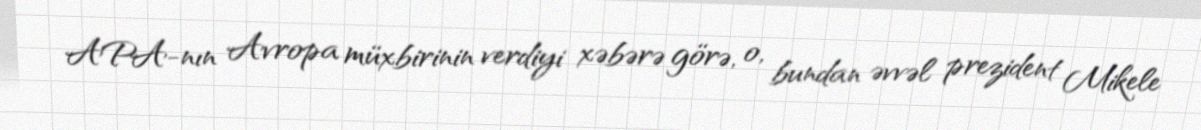
APA-nın Avropa müxbirinin verdiyi xəbərə görə, o, bundan əvvəl prezident Mikele